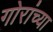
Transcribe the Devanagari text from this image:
गोरांच्या